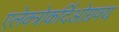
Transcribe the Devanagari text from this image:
एलेक्त्रोकर्दिओग्रफ्य